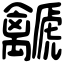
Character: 𧈛